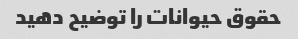
حقوق حیوانات را توضیح دهید